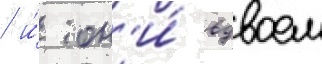
/ и́ он'и́ вдвоем